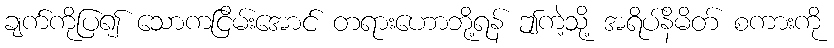
ချက်ကိုပြ၍ သောကငြိမ်းအောင် တရားဟောဘို့ရန် ဤကဲ့သို့ အရိပ်နိမိတ် စကားကို